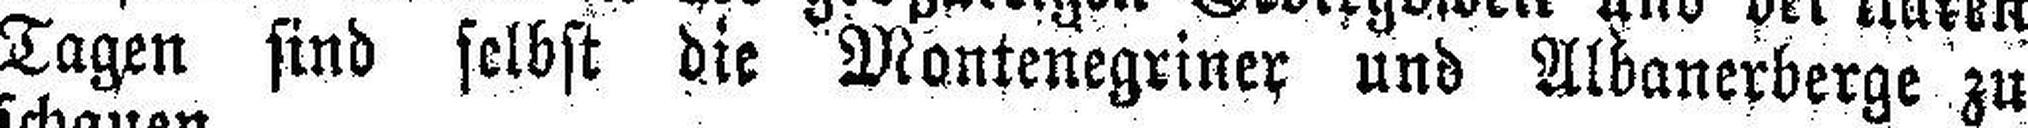
Tagen sind selbst die Montenegriner und Albanerberge zu